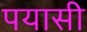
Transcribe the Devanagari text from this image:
पयासी